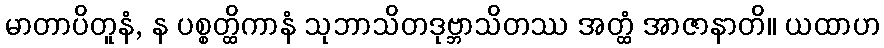
မာတာပိတူနံ, န ပစ္စတ္ထိကာနံ သုဘာသိတဒုဗ္ဘာသိတဿ အတ္ထံ အာဇာနာတိ။ ယထာဟ